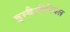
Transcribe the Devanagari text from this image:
इम्बैपीरियल